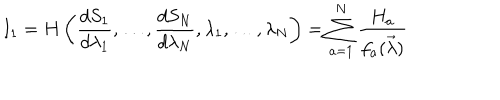
I _ { 1 } = H \left( \frac { d S _ { 1 } } { d \lambda _ { 1 } } , \dots , \frac { d S _ { N } } { d \lambda _ { N } } , \lambda _ { 1 } , \dots , \lambda _ { N } \right) = \sum _ { a = 1 } ^ { N } \frac { H _ { a } } { f _ { a } ( \vec { \lambda } ) }